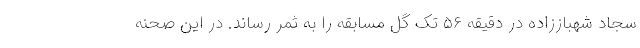
سجاد شهباززاده در دقیقه ۵۶ تک گل مسابقه را به ثمر رساند. در این صحنه